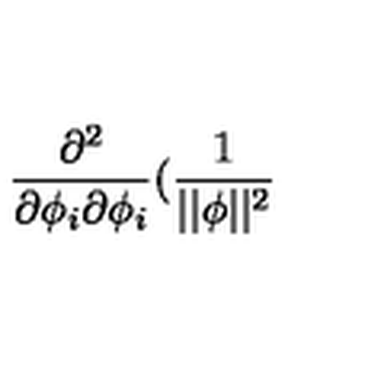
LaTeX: \frac { \partial ^ { 2 } } { \partial \phi _ { i } \partial \phi _ { i } } ( \frac 1 { | | \phi | | ^ { 2 } }